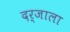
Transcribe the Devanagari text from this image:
दर्जाला